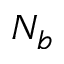
N _ { b }